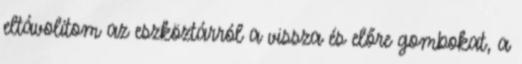
eltávolítom az eszköztárról a vissza és előre gombokat, a